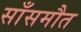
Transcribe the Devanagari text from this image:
साँसमौत